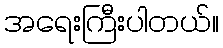
အရေးကြီးပါတယ်။